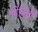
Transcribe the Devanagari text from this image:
पिचिह्ली